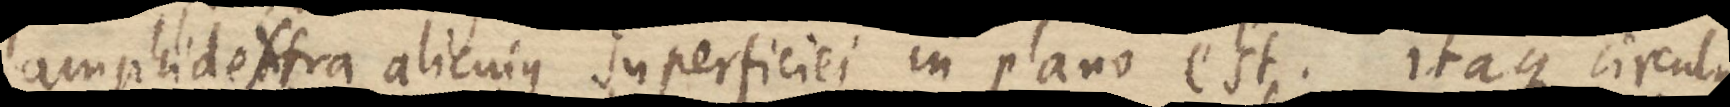
amphidextra alicujus superficiei in plano est. itaque circulus